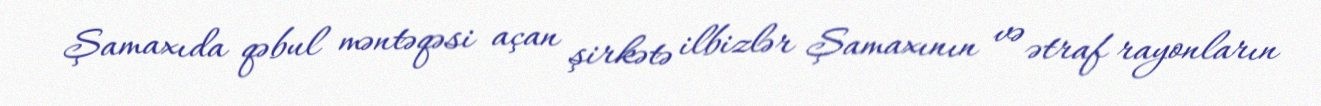
Şamaxıda qəbul məntəqəsi açan şirkətə ilbizlər Şamaxının və ətraf rayonların